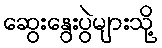
ဆွေးနွေးပွဲများသို့